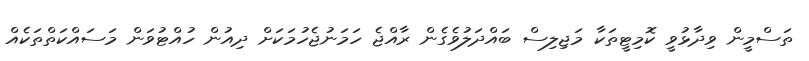
ތަސްމީން ވިދާޅުވީ ކޮމިޓީތަކާ މަޖިލިސް ބައްދަލުވެގެން ރާއްޖެ ހަމަނުޖެހުމަކަށް ދިއުން ހުއްޓުވަން މަސައްކަތްތަކެއް